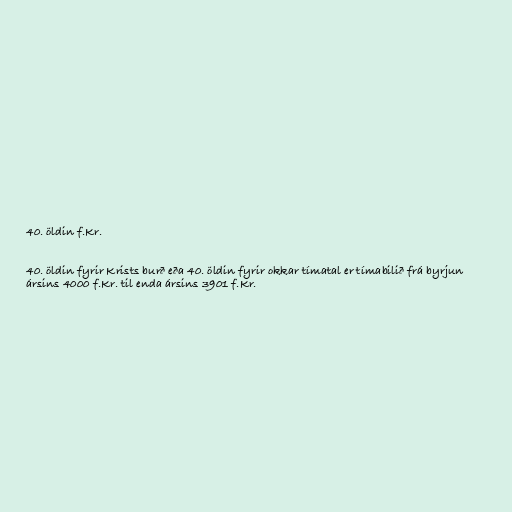
40. öldin f.Kr.

40. öldin fyrir Krists burð eða 40. öldin fyrir okkar tímatal er tímabilið frá byrjun
ársins 4000 f.Kr. til enda ársins 3901 f.Kr.